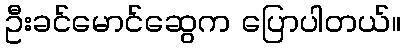
ဦးခင်မောင်ဆွေက ပြောပါတယ်။